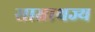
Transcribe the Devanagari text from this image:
साम्राथज्य